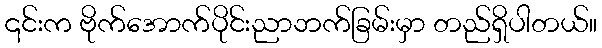
၎င်းက ဗိုက်အောက်ပိုင်းညာဘက်ခြမ်းမှာ တည်ရှိပါတယ်။